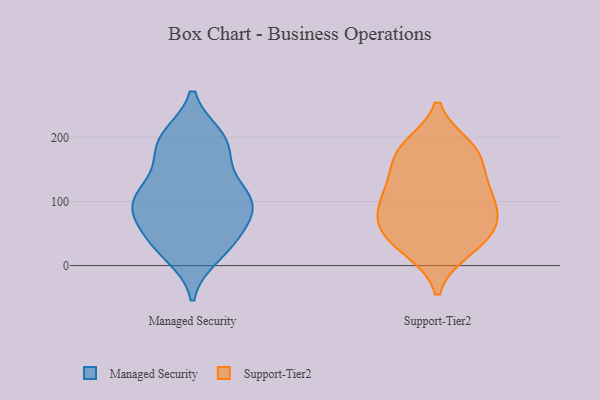
{"axis": {"x": "Bounce Rate (%)", "y": "Value"}, "legend": ["Managed Security", "Support-Tier2"], "data": [{"x": "", "y": 143, "type": "Managed Security"}, {"x": "", "y": 96, "type": "Managed Security"}, {"x": "", "y": 90, "type": "Managed Security"}, {"x": "", "y": 200, "type": "Managed Security"}, {"x": "", "y": 171, "type": "Managed Security"}, {"x": "", "y": 115, "type": "Managed Security"}, {"x": "", "y": 28, "type": "Managed Security"}, {"x": "", "y": 80, "type": "Managed Security"}, {"x": "", "y": 89, "type": "Managed Security"}, {"x": "", "y": 198, "type": "Managed Security"}, {"x": "", "y": 93, "type": "Managed Security"}, {"x": "", "y": 187, "type": "Managed Security"}, {"x": "", "y": 32, "type": "Managed Security"}, {"x": "", "y": 42, "type": "Managed Security"}, {"x": "", "y": 105, "type": "Managed Security"}, {"x": "", "y": 112, "type": "Managed Security"}, {"x": "", "y": 17, "type": "Managed Security"}, {"x": "", "y": 49, "type": "Managed Security"}, {"x": "", "y": 197, "type": "Managed Security"}, {"x": "", "y": 119, "type": "Support-Tier2"}, {"x": "", "y": 27, "type": "Support-Tier2"}, {"x": "", "y": 67, "type": "Support-Tier2"}, {"x": "", "y": 24, "type": "Support-Tier2"}, {"x": "", "y": 67, "type": "Support-Tier2"}, {"x": "", "y": 131, "type": "Support-Tier2"}, {"x": "", "y": 79, "type": "Support-Tier2"}, {"x": "", "y": 66, "type": "Support-Tier2"}, {"x": "", "y": 169, "type": "Support-Tier2"}, {"x": "", "y": 185, "type": "Support-Tier2"}, {"x": "", "y": 178, "type": "Support-Tier2"}, {"x": "", "y": 179, "type": "Support-Tier2"}, {"x": "", "y": 43, "type": "Support-Tier2"}, {"x": "", "y": 109, "type": "Support-Tier2"}, {"x": "", "y": 110, "type": "Support-Tier2"}]}